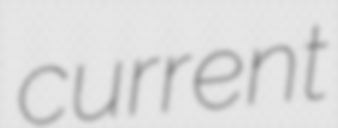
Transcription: current